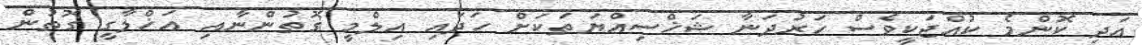
އަދި ކޮންމެ ކުއްޖަކީވެސް ހަރުދަނާ ޝަޚްސިއްޔަތަކަށް ހަދައި އިލްމީ ގޮތުންނާއި އަޚްލާގީ ގޮތުން